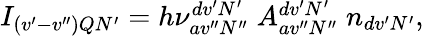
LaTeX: \begin{array}{r}{I_{(v^{\prime}-v^{\prime\prime})QN^{\prime}}=h\nu_{av^{\prime\prime}N^{\prime\prime}}^{dv^{\prime}N^{\prime}}\; A_{av^{\prime\prime}N^{\prime\prime}}^{dv^{\prime}N^{\prime}}\; n_{dv^{\prime}N^{\prime}},}\end{array}